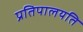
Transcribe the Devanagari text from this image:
प्रतिपालयति